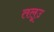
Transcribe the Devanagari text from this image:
तलूउ